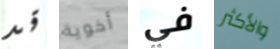
قد أخوية في والأكثر